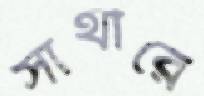
সাথীরে